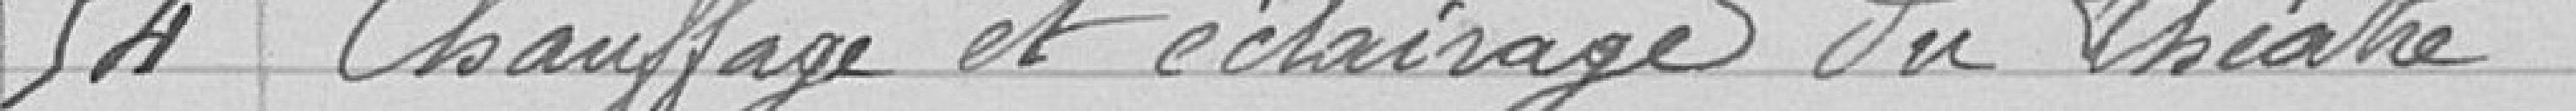
54 Chauffage te éclairage du théâtre